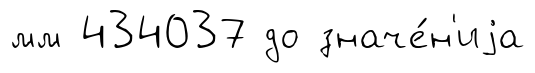
мм 434037 до значе́н'иjа